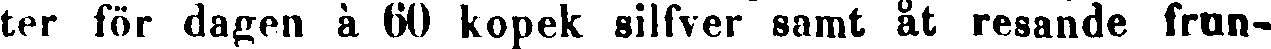
ter för dagen à 60 kopek silfver samt åt resande frun-